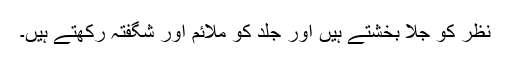
نظر کو جلا بخشتے ہیں اور جلد کو ملائم اور شگفتہ رکھتے ہیں۔